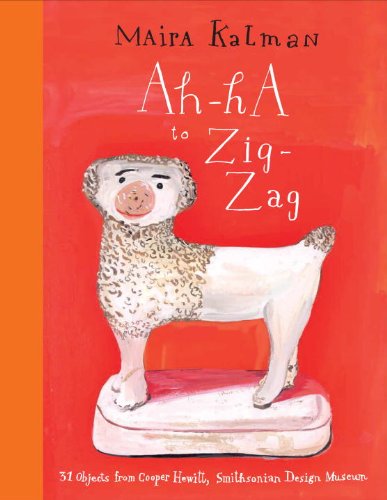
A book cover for Ah-Ha to Zig-Zag: 31 Objects from Cooper Hewitt, Smithsonian Design Museum; Maira Kalman; Teen & Young Adult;